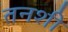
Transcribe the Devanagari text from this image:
तनशी